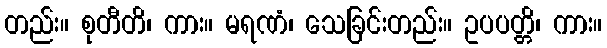
တည်း။ စုတီတိ၊ ကား။ မရဏံ၊ သေခြင်းတည်း။ ဥပပတ္တိ၊ ကား။